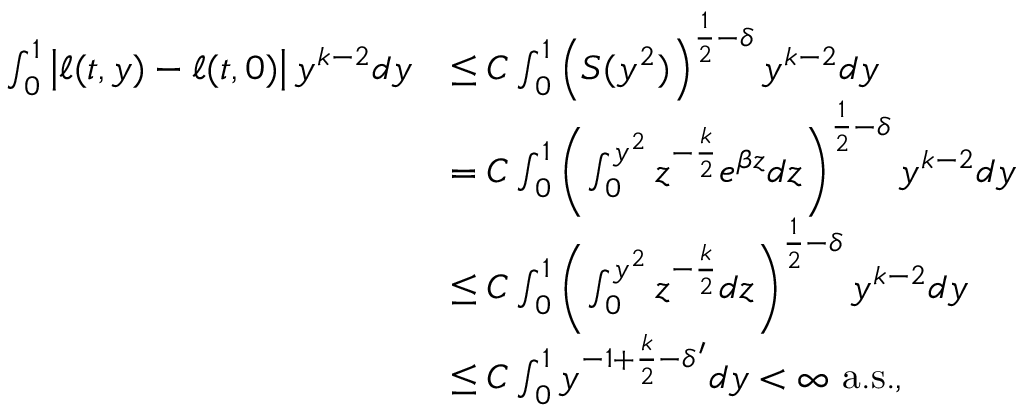
\begin{array} { r l } { \int _ { 0 } ^ { 1 } \left| \ell ( t , y ) - \ell ( t , 0 ) \right| y ^ { k - 2 } d y } & { \le C \int _ { 0 } ^ { 1 } \left( S ( y ^ { 2 } ) \right) ^ { \frac { 1 } { 2 } - \delta } y ^ { k - 2 } d y } \\ & { = C \int _ { 0 } ^ { 1 } \left( \int _ { 0 } ^ { y ^ { 2 } } z ^ { - \frac { k } { 2 } } e ^ { \beta z } d z \right) ^ { \frac { 1 } { 2 } - \delta } y ^ { k - 2 } d y } \\ & { \le C \int _ { 0 } ^ { 1 } \left( \int _ { 0 } ^ { y ^ { 2 } } z ^ { - \frac { k } { 2 } } d z \right) ^ { \frac { 1 } { 2 } - \delta } y ^ { k - 2 } d y } \\ & { \le C \int _ { 0 } ^ { 1 } y ^ { - 1 + \frac { k } { 2 } - \delta ^ { \prime } } d y < \infty \ \mathrm { a . s . } , } \end{array}